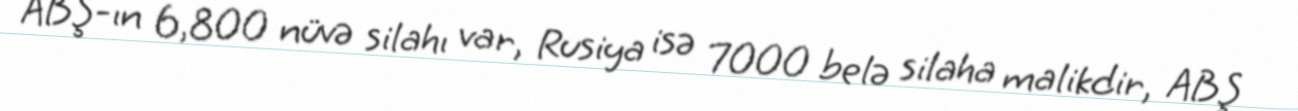
ABŞ-ın 6,800 nüvə silahı var, Rusiya isə 7000 belə silaha malikdir, ABŞ